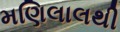
મણિલાલથી